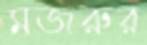
মজরুর